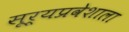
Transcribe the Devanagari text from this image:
सूर्यप्रवेशाला